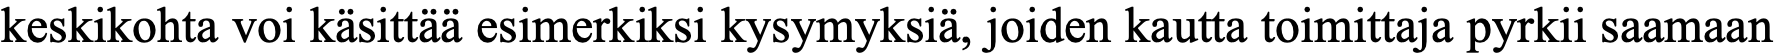
keskikohta voi käsittää esimerkiksi kysymyksiä, joiden kautta toimittaja pyrkii saamaan